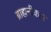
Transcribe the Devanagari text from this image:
ब्राह्मनीकल